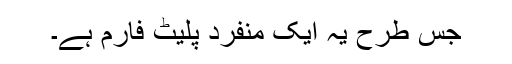
جس طرح یہ ایک منفرد پلیٹ فارم ہے۔